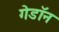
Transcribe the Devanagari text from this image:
गेडाॅन